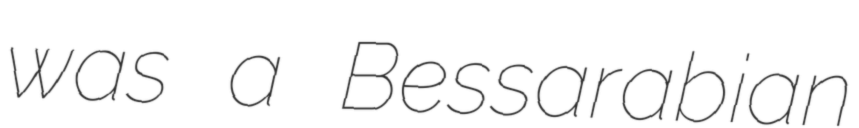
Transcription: was a Bessarabian